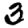
Digit: 3